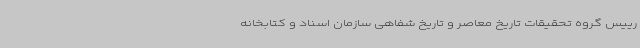
رییس گروه تحقیقات تاریخ معاصر و تاریخ شفاهی سازمان اسناد و کتابخانه